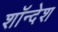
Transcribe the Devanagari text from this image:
शॉन्देश